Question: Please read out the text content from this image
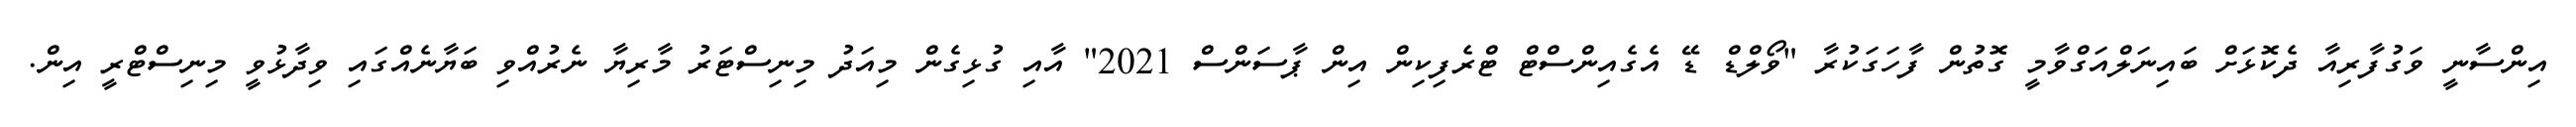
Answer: އިންސާނީ ވަގުފާރިއާ ދެކޮޅަށް ބައިނަލްއަގްވާމީ ގޮތުން ފާހަގަކުރާ "ވޯލްޑް ޑޭ އެގެއިންސްޓް ޓްރެފިކިން އިން ޕާސަންސް 2021" އާއި ގުޅިގެން މިއަދު މިނިސްޓަރު މާރިޔާ ނެރުއްވި ބަޔާނެއްގައި ވިދާޅުވީ މިނިސްޓްރީ އިން.